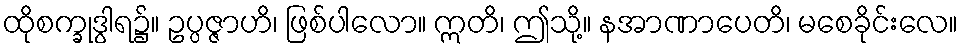
ထိုစက္ခုဒွါရ၌။ ဥပ္ပဇ္ဇာဟိ၊ ဖြစ်ပါလော။ ဣတိ၊ ဤသို့။ နအာဏာပေတိ၊ မစေခိုင်းလေ။